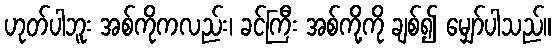
ဟုတ်ပါဘူး အစ်ကိုကလည်း၊ ခင်ကြီး အစ်ကို့ကို ချစ်၍ မျှော်ပါသည်။